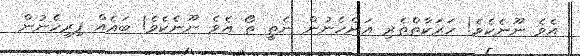
އެވެ ނޫނެކެވެ! ހަރަކާތްތެރި އަންހެނުން ނެތީ ތޯ އެވެ ނޫނެކެވެ! ބައެއް ފިރިހެނުން